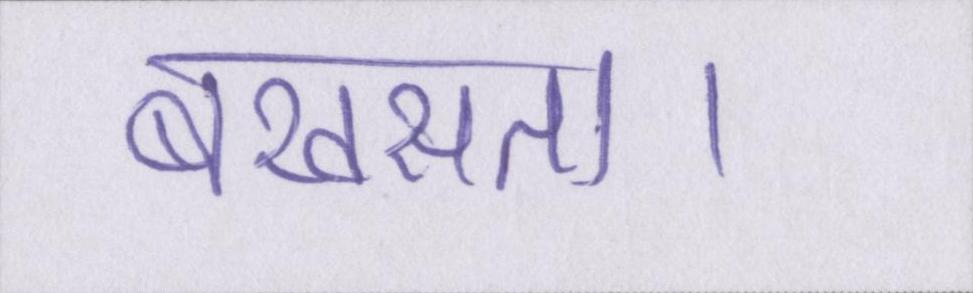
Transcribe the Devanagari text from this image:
बखसता।